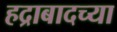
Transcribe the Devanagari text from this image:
हद्राबादच्या